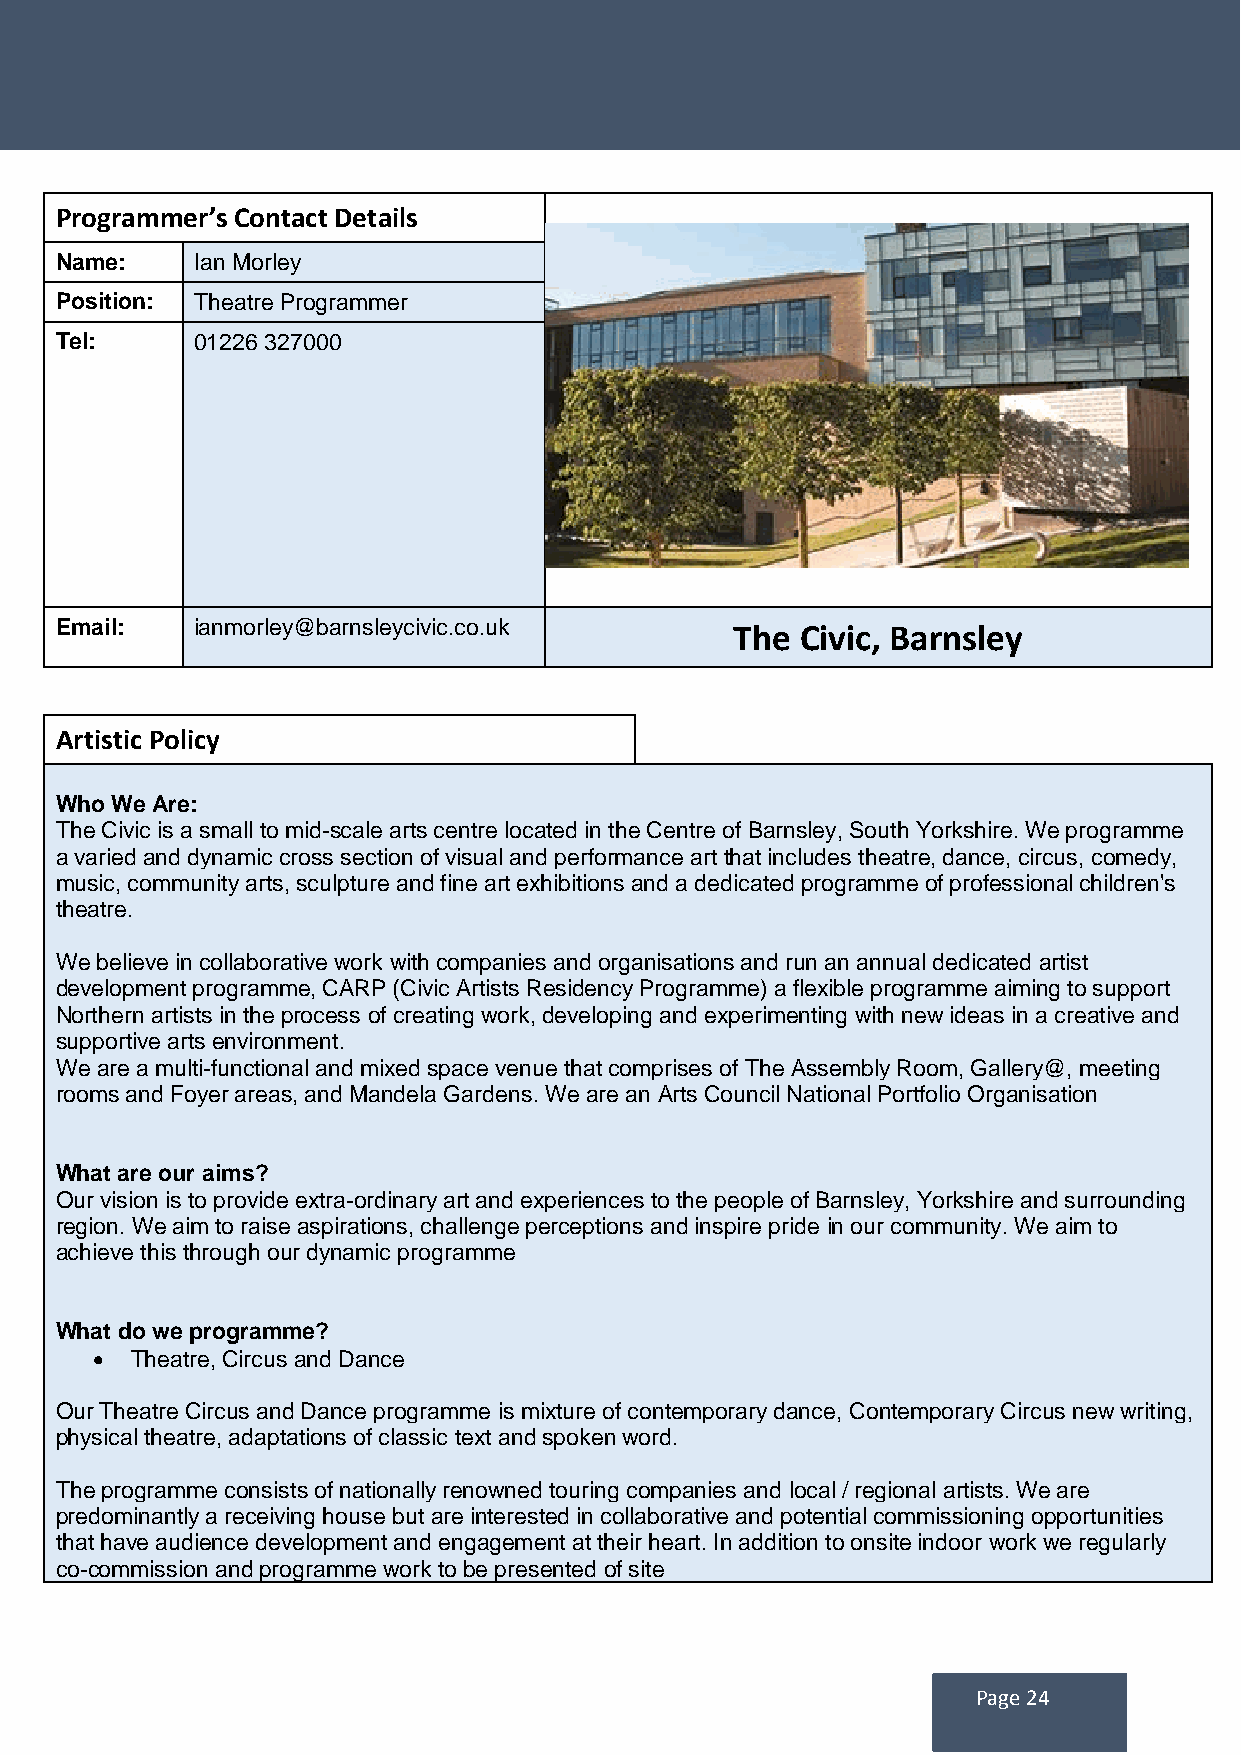
Programmer’s Contact Details
 Name:    Ian Morley
 Position: Theatre Programmer
 Tel:     01226 327000
 Email:   ianmorley@barnsleycivic.co.uk       The Civic, Barnsley
 Artistic Policy
 Who We Are:
 The Civic is a small to mid-scale arts centre located in the Centre of Barnsley, South Yorkshire. We programme
 a varied and dynamic cross section of visual and performance art that includes theatre, dance, circus, comedy,
 music, community arts, sculpture and fine art exhibitions and a dedicated programme of professional children's
 theatre.
 We believe in collaborative work with companies and organisations and run an annual dedicated artist
 development programme, CARP (Civic Artists Residency Programme) a flexible programme aiming to support
 Northern artists in the process of creating work, developing and experimenting with new ideas in a creative and
 supportive arts environment.
 We are a multi-functional and mixed space venue that comprises of The Assembly Room, Gallery@, meeting
 rooms and Foyer areas, and Mandela Gardens. We are an Arts Council National Portfolio Organisation
 What are our aims?
 Our vision is to provide extra-ordinary art and experiences to the people of Barnsley, Yorkshire and surrounding
 region. We aim to raise aspirations, challenge perceptions and inspire pride in our community. We aim to
 achieve this through our dynamic programme
 What do we programme?
   Theatre, Circus and Dance
 Our Theatre Circus and Dance programme is mixture of contemporary dance, Contemporary Circus new writing,
 physical theatre, adaptations of classic text and spoken word.
 The programme consists of nationally renowned touring companies and local / regional artists. We are
 predominantly a receiving house but are interested in collaborative and potential commissioning opportunities
 that have audience development and engagement at their heart. In addition to onsite indoor work we regularly
 co-commission and programme work to be presented of site
 Page 24